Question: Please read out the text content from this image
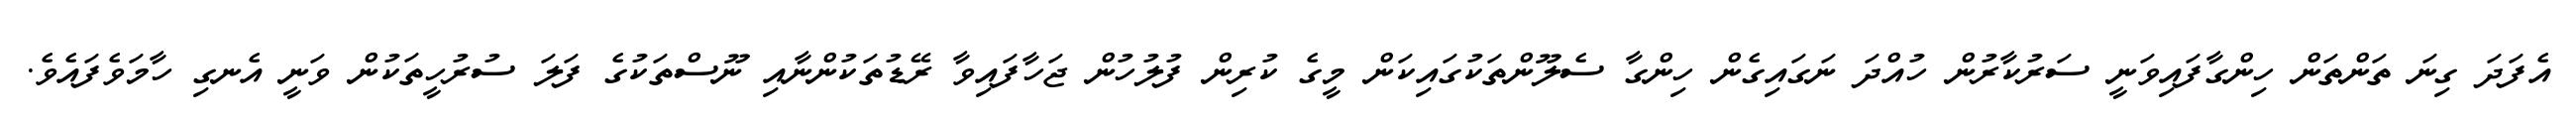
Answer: އެފަދަ ގިނަ ތަންތަން ހިންގާފައިވަނީ ސަރުކާރުން ހުއްދަ ނަގައިގެން ހިންގާ ސެލޫންތަކުގައިކަން މީގެ ކުރިން ފުލުހުން ޖަހާފައިވާ ރޭޑުތަކުންނާއި ނޫސްތަކުގެ ފަލަ ސުރުހީތަކުން ވަނީ އެނގި ހާމަވެފައެވެ.